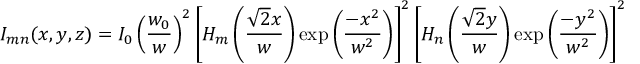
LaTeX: I _ { m n } ( x , y , z ) = I _ { 0 } \left( { \frac { w _ { 0 } } { w } } \right) ^ { 2 } \left[ H _ { m } \left( { \frac { { \sqrt { 2 } } x } { w } } \right) \exp \left( { \frac { - x ^ { 2 } } { w ^ { 2 } } } \right) \right] ^ { 2 } \left[ H _ { n } \left( { \frac { { \sqrt { 2 } } y } { w } } \right) \exp \left( { \frac { - y ^ { 2 } } { w ^ { 2 } } } \right) \right] ^ { 2 }